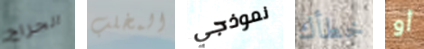
الجراج المخلب نموذجي خطأك أو